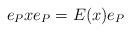
LaTeX: \begin{align*}e_P x e_P= E(x)e_P\end{align*}